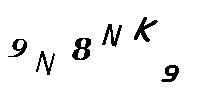
9N8NK9